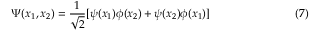
\Psi ( x _ { 1 } , x _ { 2 } ) = \frac { 1 } { \sqrt 2 } [ \psi ( x _ { 1 } ) \phi ( x _ { 2 } ) + \psi ( x _ { 2 } ) \phi ( x _ { 1 } ) ] \eqno ( 7 )